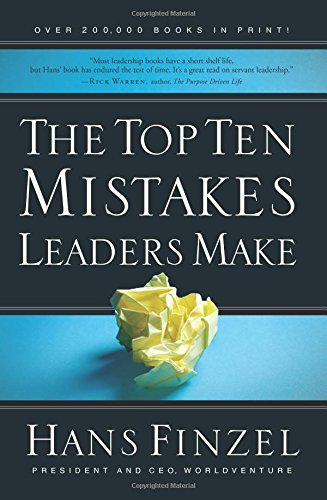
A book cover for The Top Ten Mistakes Leaders Make; Hans Finzel; Christian Books & Bibles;